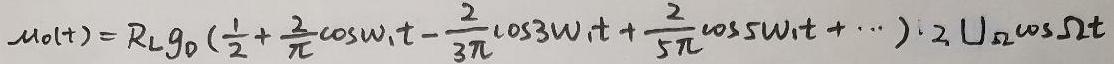
$u_{0}(t)=R_{L}g_{0}(\frac {1}{2}+\frac {2}{\pi }\cos \omega _{1}t-\frac {2}{3\pi }\cos 3\omega _{1}t+\frac {2}{5\pi }\cos 5\omega _{1}t+\cdots )\cdot 2U_{\Omega }\cos \Omega t$